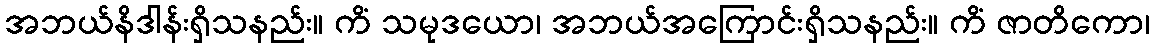
အဘယ်နိဒါန်းရှိသနည်း။ ကိံ သမုဒယော၊ အဘယ်အကြောင်းရှိသနည်း။ ကိံ ဇာတိကော၊